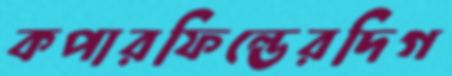
কপারফিল্ডেরদিগ